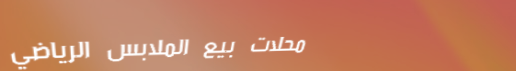
محلات بيع الملابس الرياضي